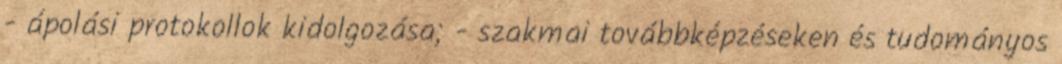
- ápolási protokollok kidolgozása; - szakmai továbbképzéseken és tudományos